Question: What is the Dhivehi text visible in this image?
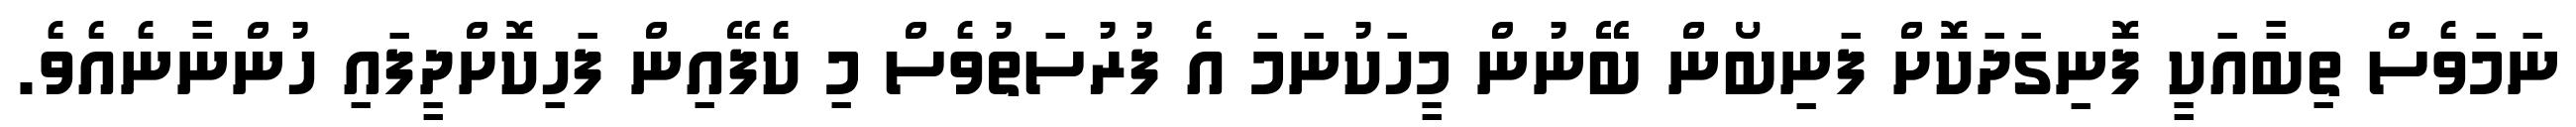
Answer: ނަމަވެސް ތިބާއަކީ ފޮނިގަދަކޮށް ފަނިބޯން ބޭނުން މީހަކުނަމަ އެ ފުރުސަތުވެސް މި ކެފޭއިން ފަހިކޮށްދީފައި ހުންނާނެއެވެ.